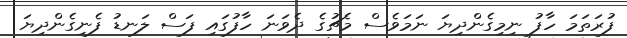
ފުރަތަމަ ހާފު ނިމިގެންދިޔަ ނަމަވެސް މެޗުގެ ދެވަނަ ހާފުގައި ފަސް ލަނޑު ފެނިގެންދިޔަ